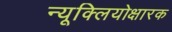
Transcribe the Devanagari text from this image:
न्यूक्लियोक्षारक